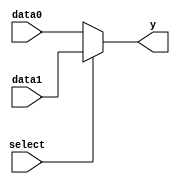
module mux_2_4con(y,data1,data0,select);
  output [3:0] y;
  input [3:0] data1,data0;
  input select;
  assign y = select ? data1:data0;
  endmodule